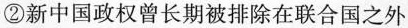
②新中国政权曾长期被排除在联合国之外